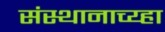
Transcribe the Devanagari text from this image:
संस्थानाच्य्हा